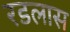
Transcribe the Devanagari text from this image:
रडलास